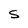
Character: s